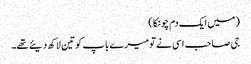
( میں ایک دم چونکا )
جی صاحب اسی نے تو میرے باپ کو تین لاکھ دیئے تھے۔